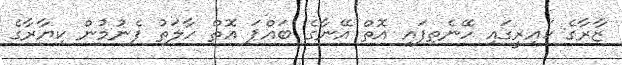
ޒާރާގެ ކައިރީގައި ހޭނެތިފައި އޮތް އޭނާގެ ބައްޕަ އޮތް ހާލަތު ފެނުމުން ކިޔާރާގެ